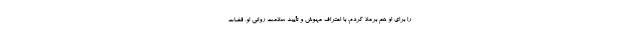
را برای او هم برملا کردم. با اعتراف مهوش و تأیید سلامت روانی او، قضات